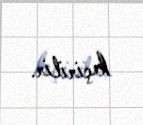
keçirilir.